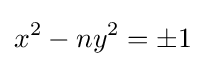
x^{2}-ny^{2}=\pm 1